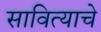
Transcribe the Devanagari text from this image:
सावित्याचे